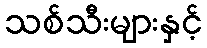
သစ်သီးများနှင့်